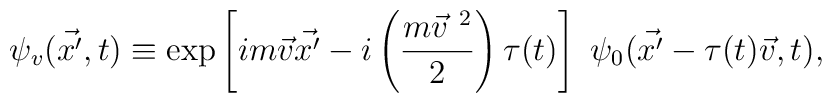
\psi_v ( \vec {x'}, t) \equiv \exp \left[ i m \vec v \vec {x'}  - i \left( \frac{m {\vec v}^{\ 2}}{2} \right) \tau (t) \right] \      \psi_0 ( \vec {x'} - \tau (t) \vec v, t),